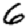
Digit: 6